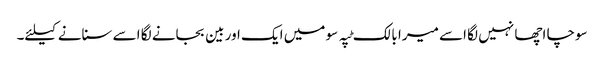
سوچا اچھا نہیں لگا اسے میرا بالک ٹپہ سو میں ایک اور بین بجانے لگا اسے سنانے کیلئے۔